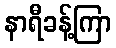
နာရီခန့်ကြာ